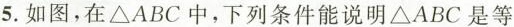
5.如图，在\triangle ABC中，下列条件能说明\triangle ABC是等